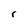
Character: r